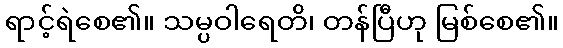
ရာင့်ရဲစေ၏။ သမ္ပဝါရေတိ၊ တန်ပြီဟု မြစ်စေ၏။